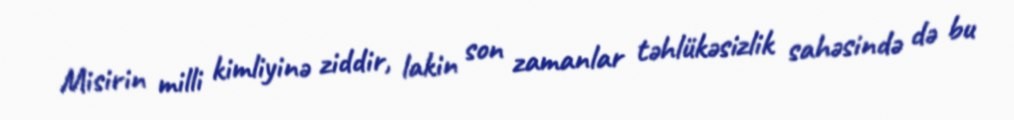
Misirin milli kimliyinə ziddir, lakin son zamanlar təhlükəsizlik sahəsində də bu